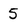
Character: 5